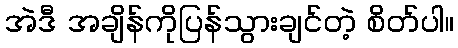
အဲဒီ အချိန်ကိုပြန်သွားချင်တဲ့ စိတ်ပါ။